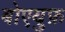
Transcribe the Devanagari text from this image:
बोएयुफ़